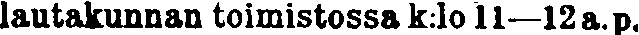
lautakunnan toimistossa k:lo 11—12 a.p.